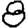
Digit: 8